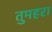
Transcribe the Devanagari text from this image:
तुमहरा